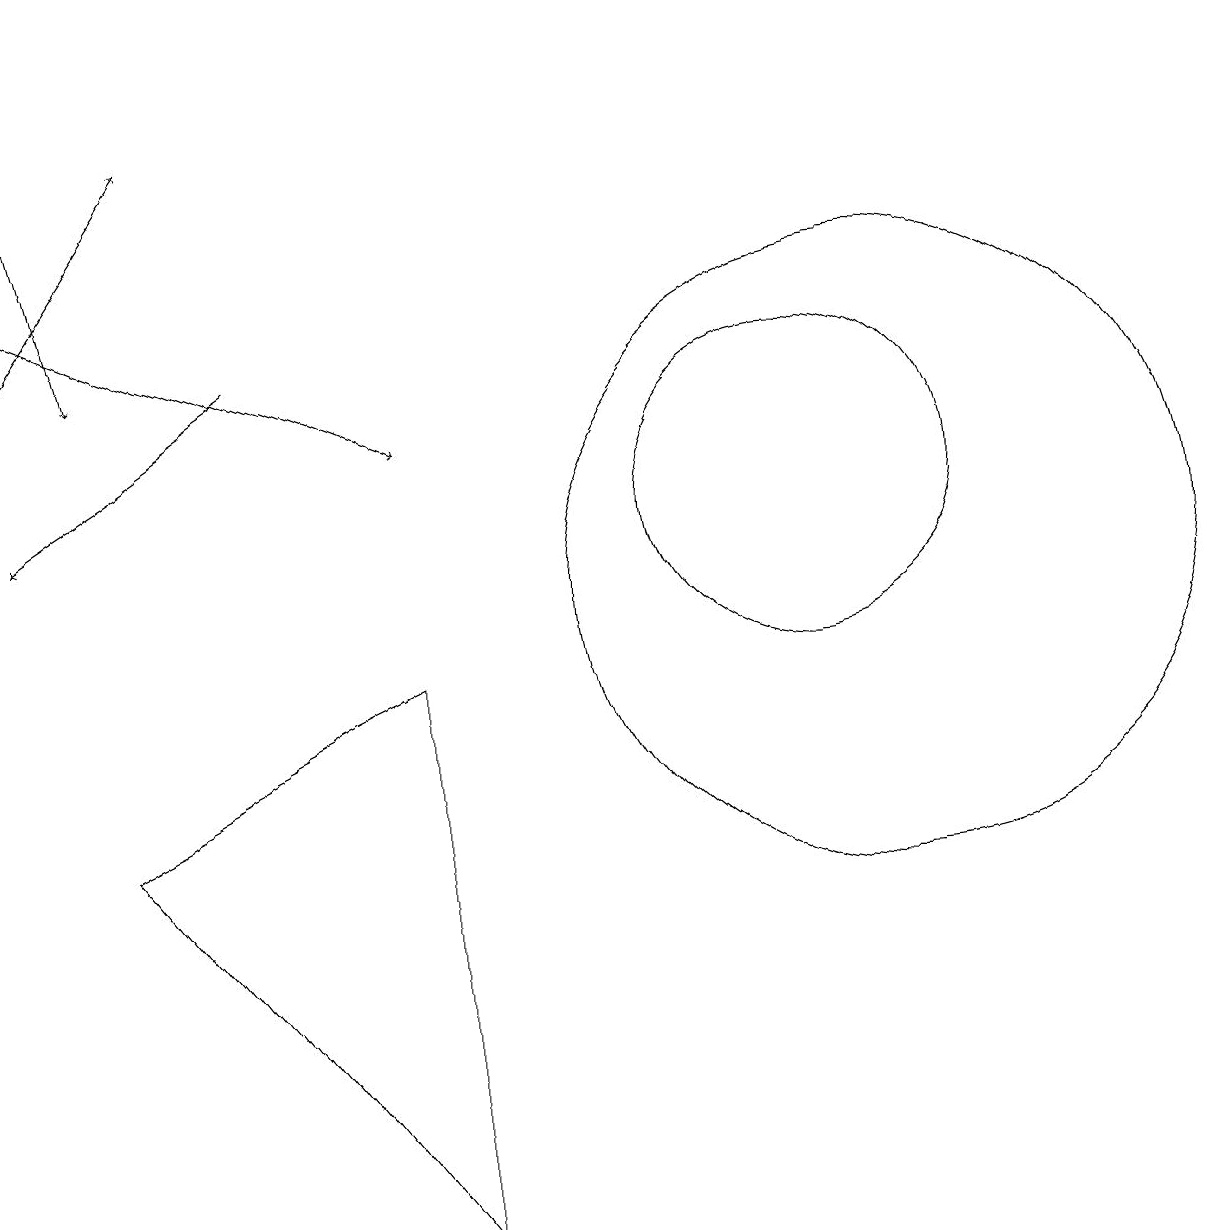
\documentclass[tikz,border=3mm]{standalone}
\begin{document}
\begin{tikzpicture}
\draw (11,10) circle (4);
\draw (10,11) circle (2);
\draw (5,2) -- (5,9) -- (1,7) -- cycle;
\draw[->] (0,14) -- (5,12);
\draw[->] (0,13) -- (2,16);
\draw[->] (3,13) -- (0,11);
\draw[->] (0,17) -- (1,13);
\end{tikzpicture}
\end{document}